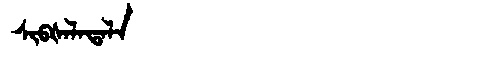
Manchu: ᠰᡳᠪᡧᠠᠯᠠᡨᠠᠯᠠ
Romanization: SIBŠALATALA